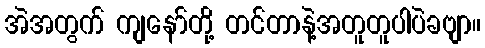
အဲအတွက် ကျနော်တို့ တင်တာနဲ့အတူတူပါပဲခဗျာ။